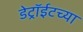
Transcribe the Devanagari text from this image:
डेट्रॉईटच्या